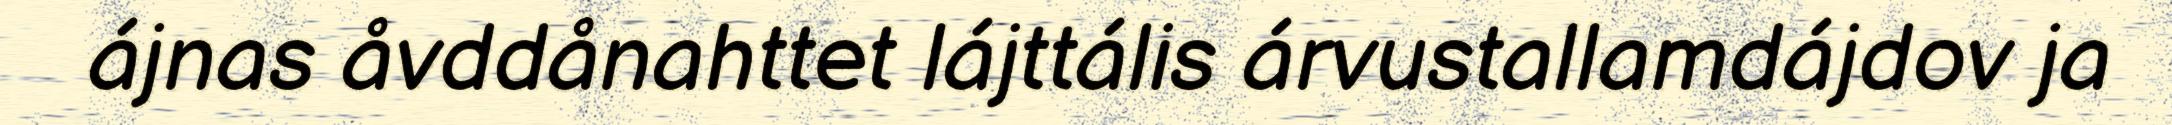
ájnas åvddånahttet lájttális árvustallamdájdov ja